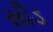
સીડ